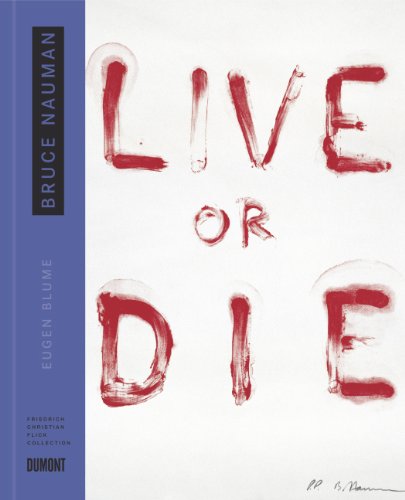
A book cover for Bruce Nauman: Live or Die (Collector's Choice); Eugen Blume; Arts & Photography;